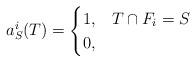
LaTeX: \begin{align*}a^i_S(T) = \begin{cases}1, & T \cap F_i = S \\0, &\end{cases}\end{align*}